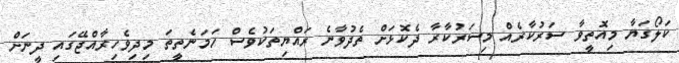
ކަލޯގަޔާ މިއޮތީވާ ސަރުކާރެއް މިސަރުކާރާ ދެކޮޅަށް ތެދުވާނެ ރައްޔިތަކުވެސް ހަމަނެތީތަ މިދިވެހިރާއްޖޭގައި ދީނަށް